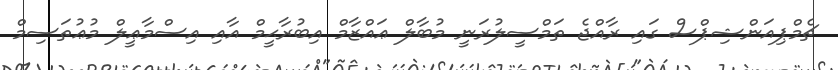
ޗެމްޕިއަންޝިޕްސް ގައި ރާއްޖެ ތަމްސީލުރަނީ މުބާލް ޢައްޒާމް އިބުރާޙީމް އާއި އިސްމާޢީލް މުޢުތަސިމް